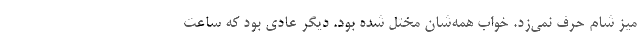
میز شام حرف نمی‌زد. خواب همه‌شان مختل شده بود. دیگر عادی بود که ساعت